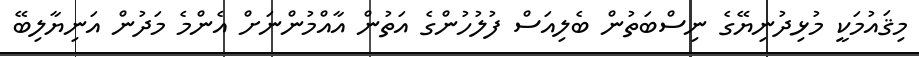
މިޤައުމަކީ މުޅިދުނިޔޭގެ ނިސްބަތުން ބެލިއަސް ފުލުހުންގެ އަތުން އާއްމުންނަށް އެންމެ މަދުން އަނިޔާލިބޭ